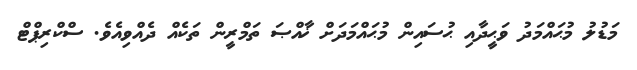
މަޑުލު މުޙައްމަދު ވަޙީދާއި ޙުސައިން މުޙައްމަދަށް ޚާއްޞަ ތަމްރީން ތަކެއް ދެއްވިއެވެ. ސްކްރިޕްޓް